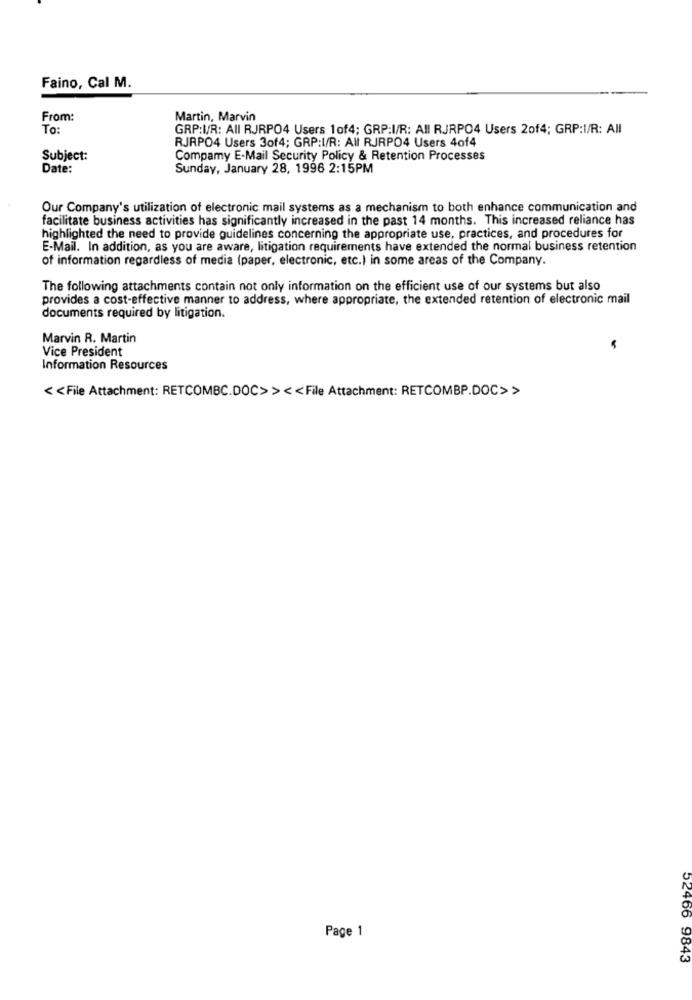
Faino, Cal M.
From:
Martin, Marvin
To:
GRP:I/R: All RJRPO4 Users 1of4; GRP:I/R: All RJRPO4 Users 2of4; GRP:I/R: All
RJRPO4 Users 3of4; GRP:I/R: All RJRPO4 Users 4of4
Subject:
Compamy E-Mail Security Policy & Retention Processes
Date:
Sunday, January 28, 1996 2:15PM
Our Company's utilization of electronic mail systems as a mechanism to both enhance communication and
facilitate business activities has significantly increased in the past 14 months. This increased reliance has
highlighted the need to provide guidelines concerning the appropriate use, practices, and procedures for
E-Mail. In addition, as you are aware, litigation requirements have extended the normal business retention
of information regardless of media (paper, electronic, etc.) in some areas of the Company.
The following attachments contain not only information on the efficient use of our systems but also
provides a cost-effective manner to address, where appropriate, the extended retention of electronic mail
documents required by litigation.
Marvin R. Martin
Vice President
Information Resources
< < File Attachment: RETCOMBC.DOC> > << File Attachment: RETCOMBP.DOC>>
Page 1
52466 9843